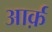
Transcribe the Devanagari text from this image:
आर्क़